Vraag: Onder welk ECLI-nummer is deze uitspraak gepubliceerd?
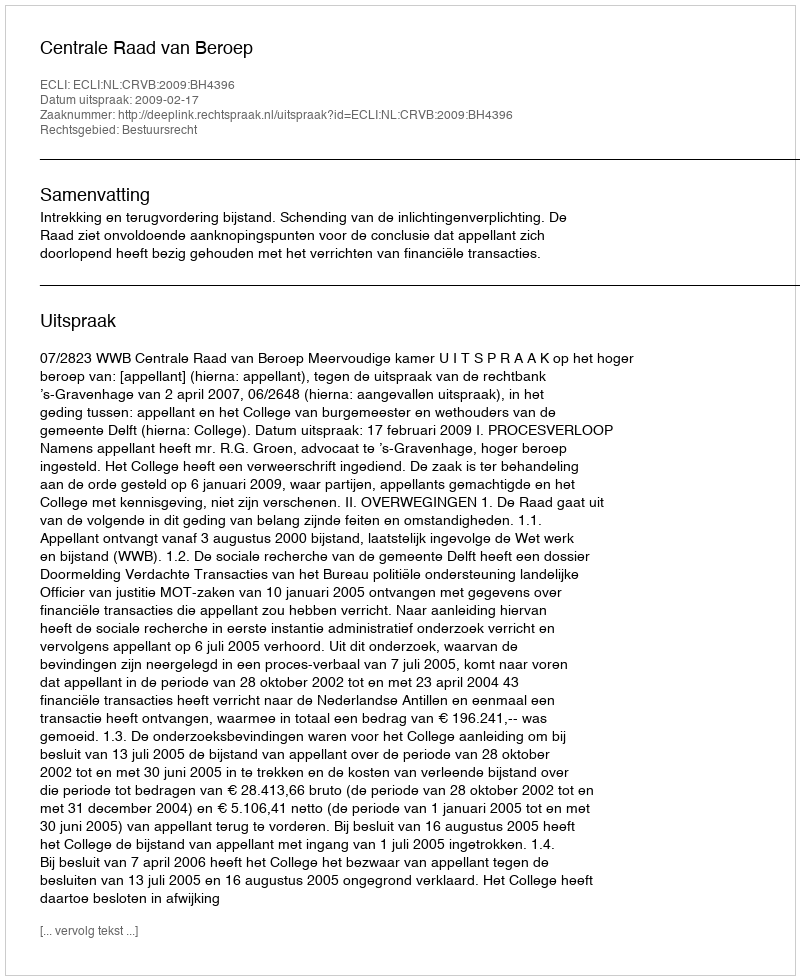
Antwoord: ECLI:NL:CRVB:2009:BH4396